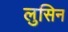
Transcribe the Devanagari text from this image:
लुसिन